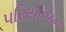
પરિયોજન